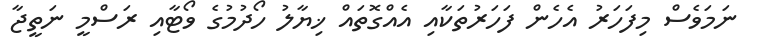
ނަމަވެސް މިފަހަރު އެހެން ފަހަރުތަކާއި އެއްގޮތައް ޚިޔާލު ހޯދުމުގެ ވޯޓާއި ރަސްމީ ނަތީޖާ